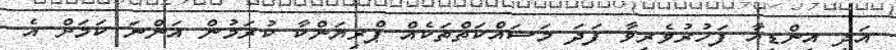
އަދި އިންޑިއާ ފަހުރުވެރިވާ ފަދަ މަސައްކަތްތަކެއް ޕްރިޔަންކާ ކުރަމުން އަންނަ ކަމަށް އެ